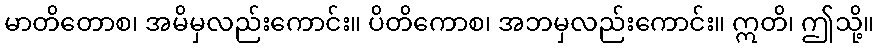
မာတိတောစ၊ အမိမှလည်းကောင်း။ ပိတိကောစ၊ အဘမှလည်းကောင်း။ ဣတိ၊ ဤသို့။